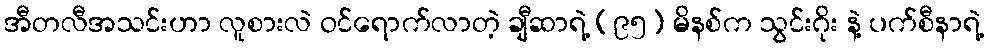
အီတလီအသင်းဟာ လူစားလဲ ဝင်ရောက်လာတဲ့ ချီဆာရဲ့ (၉၅) မိနစ်က သွင်းဂိုး နဲ့ ပက်စီနာရဲ့